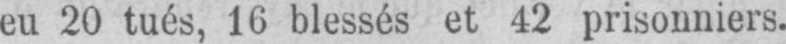
eu 20 tués, 1C blessés et 42 prisonniers.